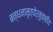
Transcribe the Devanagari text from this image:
बन्धनामृत्येर्मुक्षीय